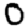
Digit: 0